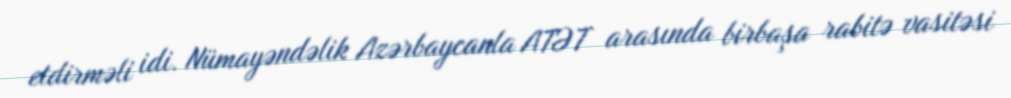
etdirməli idi. Nümayəndəlik Azərbaycanla ATƏT arasında birbaşa rabitə vasitəsi